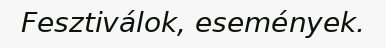
Fesztiválok, események.